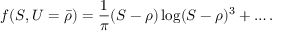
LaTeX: f ( S , U = { \bar { \rho } } ) = { \frac { 1 } { \pi } } ( S - \rho ) \log ( S - \rho ) ^ { 3 } + \dots .